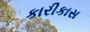
કારીકાસ